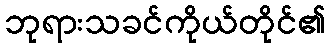
ဘုရားသခင်ကိုယ်တိုင်၏